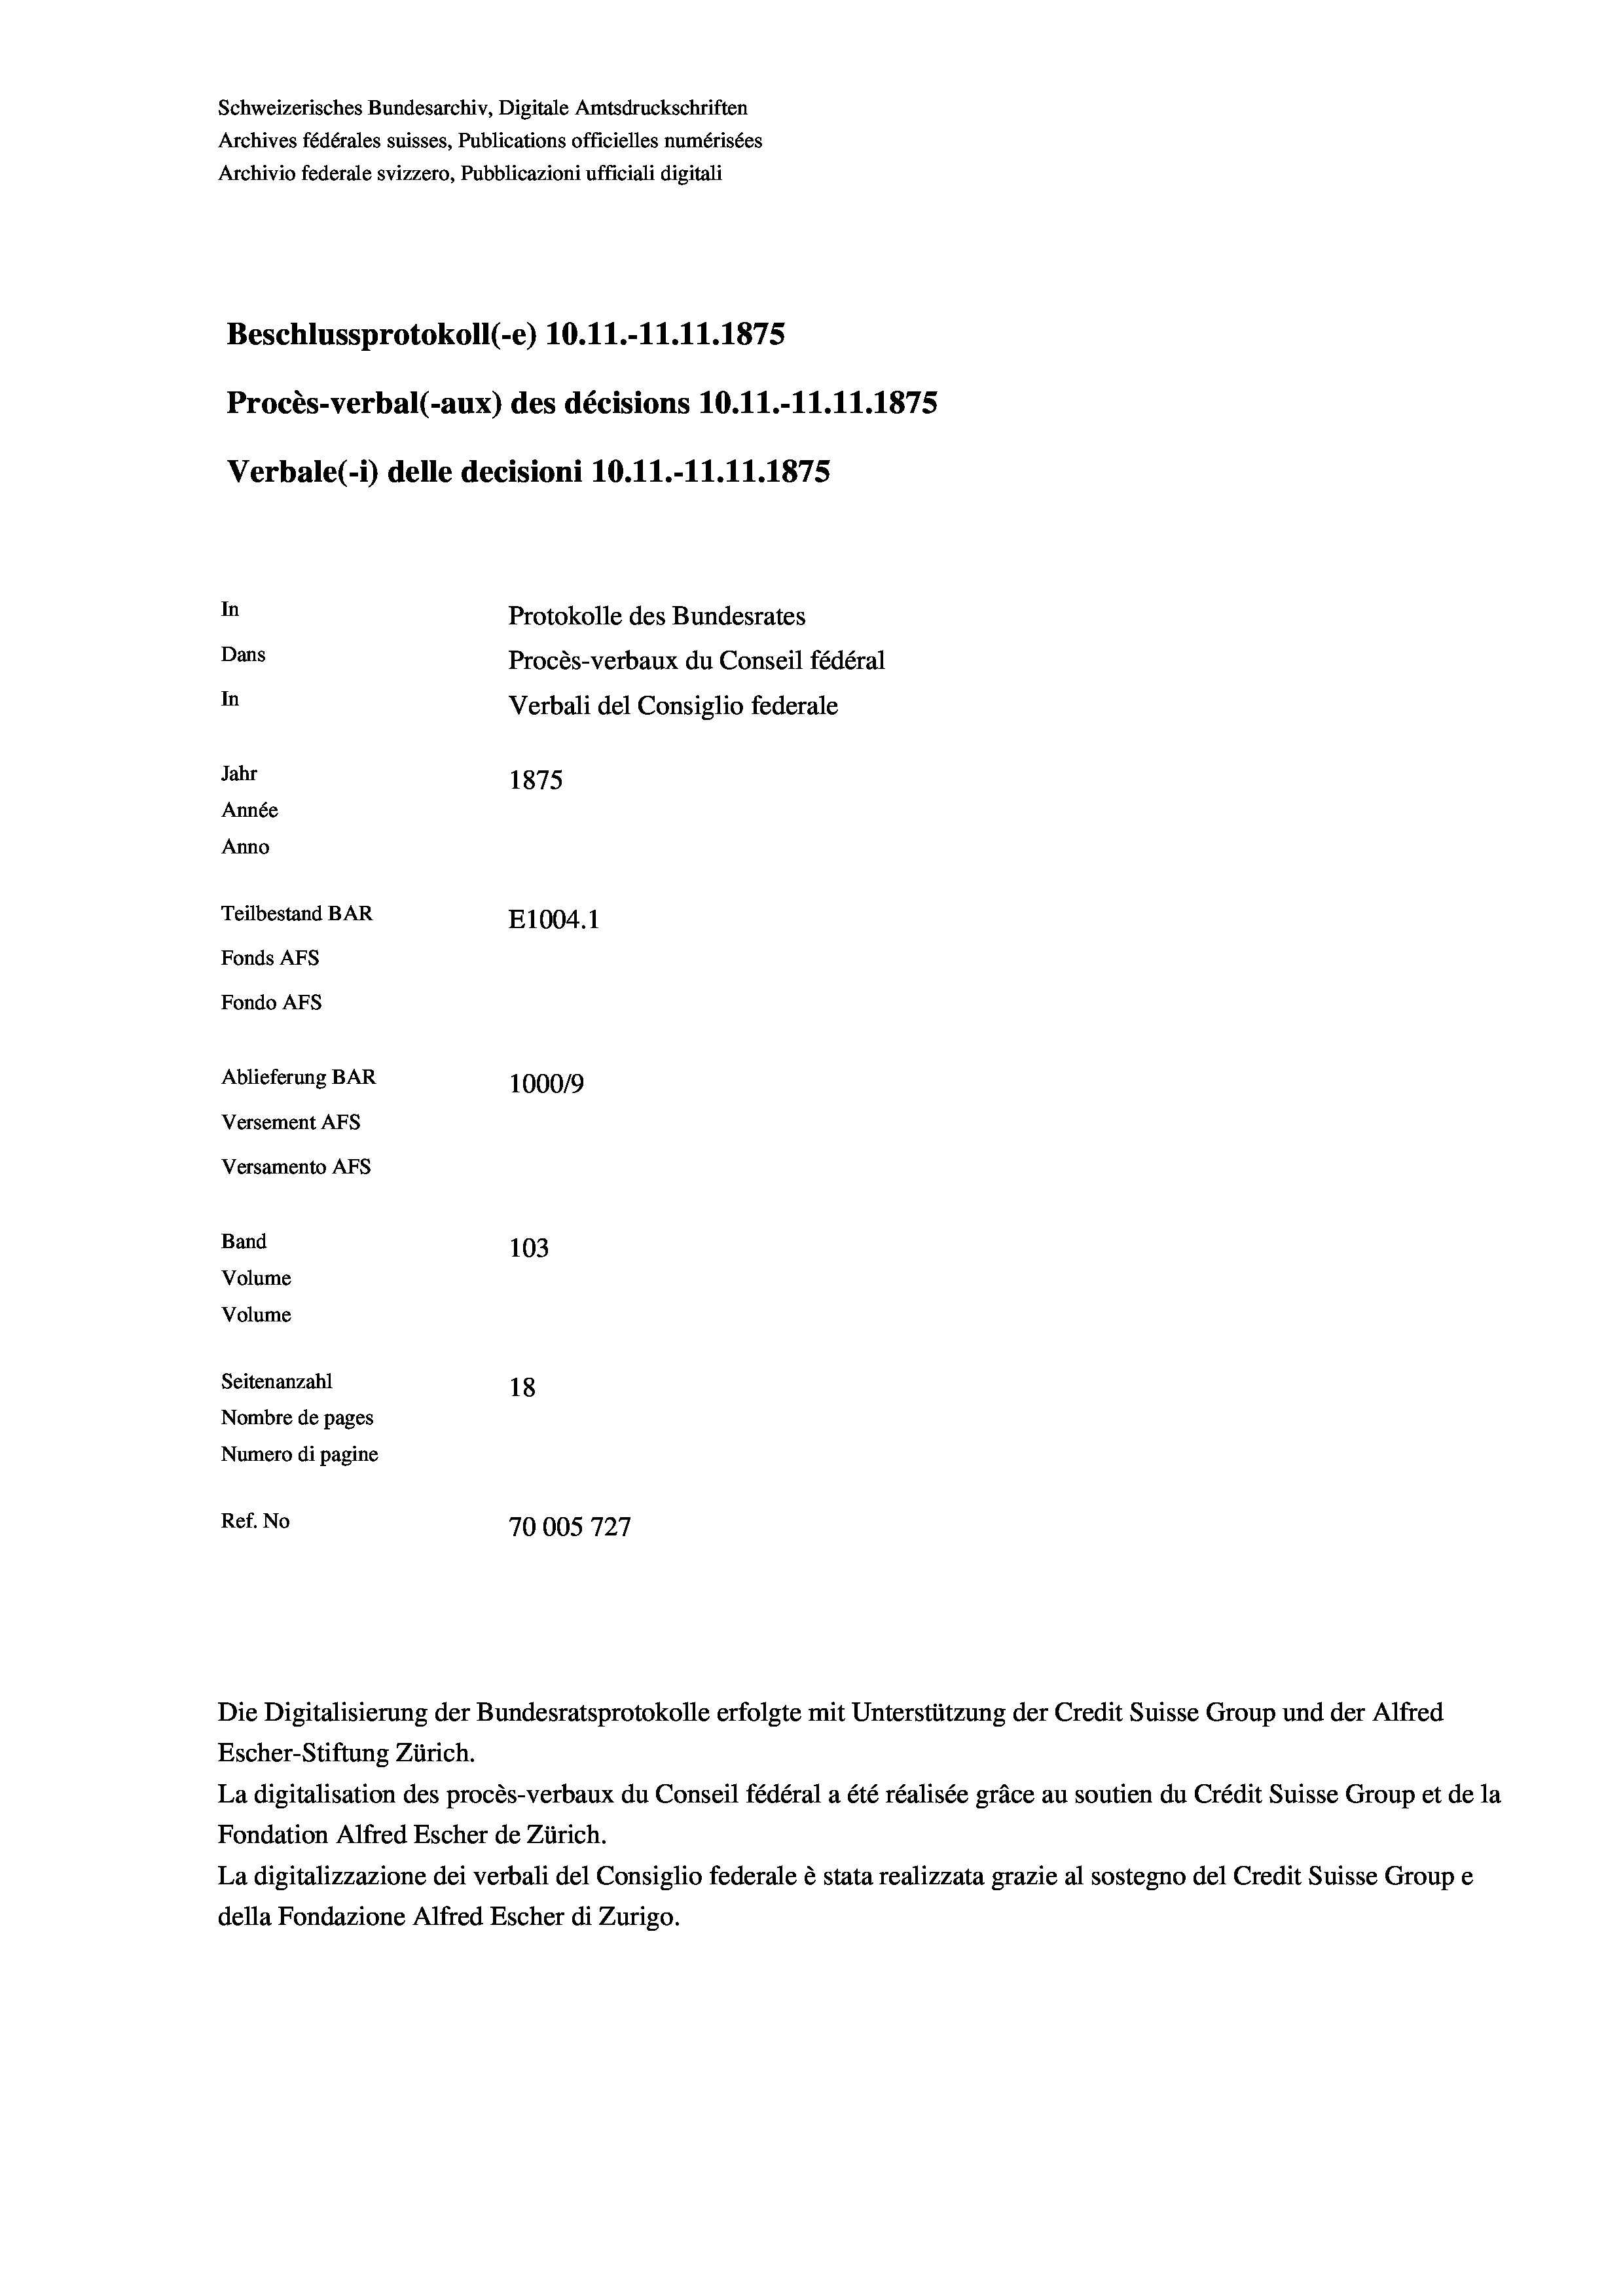
Schweizerisches Bundesarchiv, Digitale Amtsdruckschriften
Archives fédérales suisses, Publications officielles numérisées
Archivio federale svizzero, Pubblicazioni ufficiali digitali
Beschlussprotokoll (-e) 10. 11.-11.11.1875
Procès-verbal (-aux) des décisions 10.11.-11.11.1875
Verbale(-*) delle decisioni 10.11.-11.11.1875
In
Protokolle des Bundesrates
Dans
Procès-verbaux du Conseil fédéral
In
Verbali del Consiglio federale
Jahr
1875
Année
Anno
Teilbestand BAR
E1004. 1
Fonds AFs
Fondo AFs
Ablieferung BAR
1000/9
Versement Abs
Versamento AFs
Band
103
Volume
Volume

Seitenanzahl
18
Nombre de pages
Numero di pagine
Ref. No
70005727

Escher-Stiftung Zürich.
La digitalisation des procès-verbaux du Conseil fédéral a été réalisée gräce au soutien du Crédit Suisse Group et de la
Fondation Alfred Escher de Zürich.
La digitalizzazione dei verbali del Consiglio federale è stata realizzata grazie al sostegno del Credit Suisse Groupe
della Fondazione Alfred Escher di Zurigo.

Die Digitalisierung der Bundesratsprotokolle erfolgte mit Unterstützung der Credit Suisse Group und der Alfred